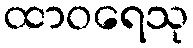
ထာဝရေသု